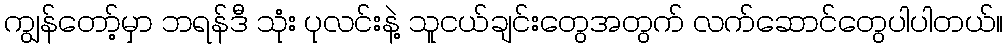
ကျွန်တော့်မှာ ဘရန်ဒီ သုံး ပုလင်းနဲ့ သူငယ်ချင်းတွေအတွက် လက်ဆောင်တွေပါပါတယ်။